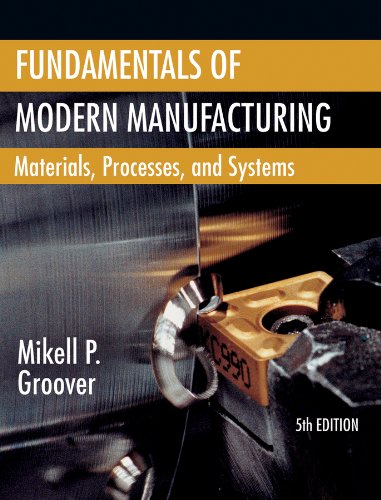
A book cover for Fundamentals of Modern Manufacturing: Materials, Processes, and Systems; Mikell P. Groover; Science & Math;